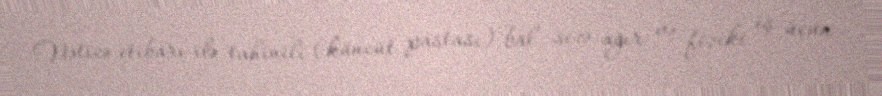
Nəticə etibarı ilə tahinili (küncüt pastası) bal sizə ağır və fiziki iş üçün